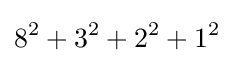
8^{2}+3^{2}+2^{2}+1^{2}